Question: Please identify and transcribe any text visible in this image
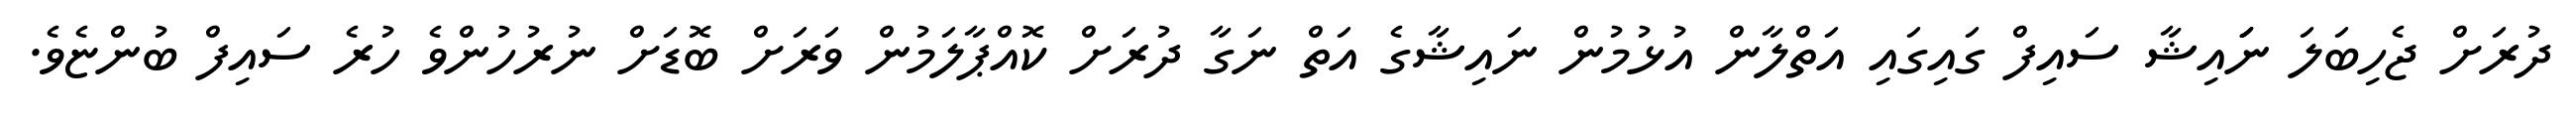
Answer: ދުރަށް ޖެހިބަލަ ނަަައިޝާ ސައިފް ގައިގައި އަތްލާން އުޅުމުން ނައިޝާގެ އަތް ނަގާ ދުރަށް ކޮއްޕާލަމުން ވަރަށް ބޮޑަށް ނުރުހުންވެ ހުރެ ސައިފް ބުންޏެވެ.